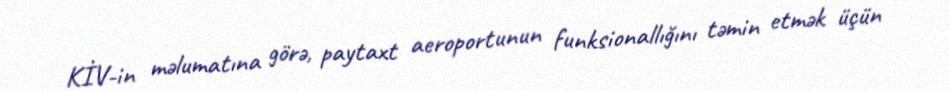
KİV-in məlumatına görə, paytaxt aeroportunun funksionallığını təmin etmək üçün